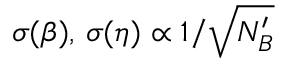
\sigma ( \beta ) , \, \sigma ( \eta ) \propto 1 / \sqrt { N _ { B } ^ { \prime } }